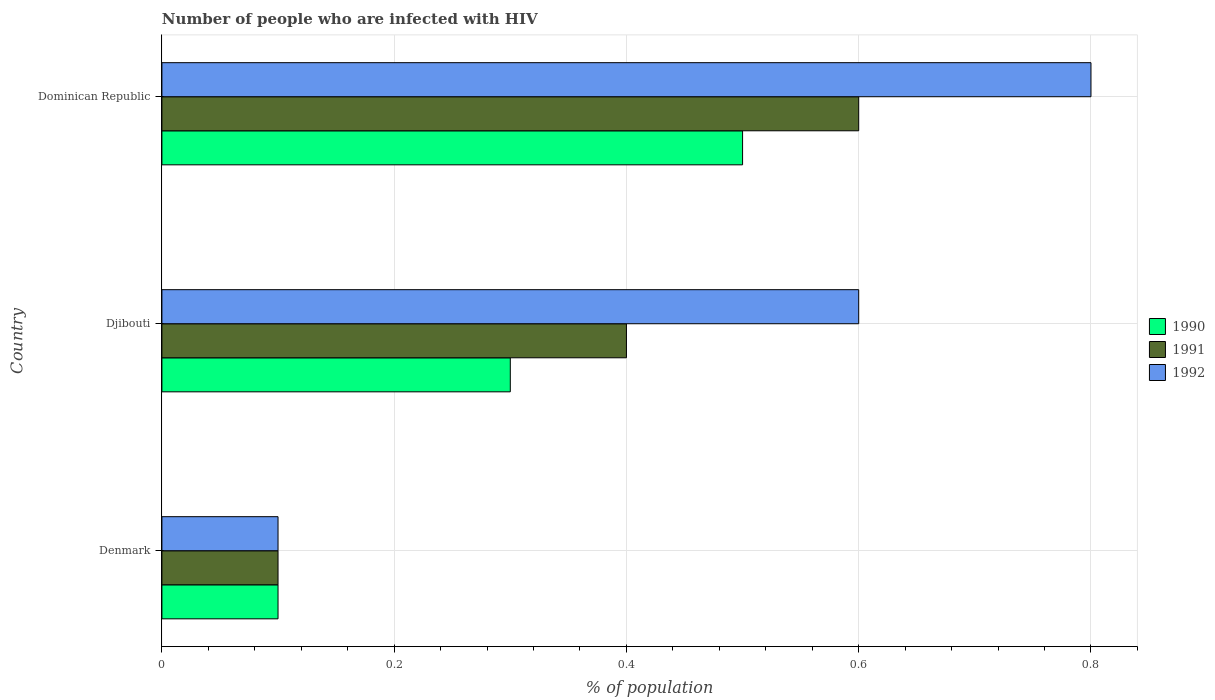
| Country | 1990 | 1991 | 1992 |
 | --- | --- | --- | --- |
 | Denmark | 0.1 | 0.1 | 0.1 |
 | Djibouti | 0.3 | 0.4 | 0.6 |
 | Dominican Republic | 0.5 | 0.6 | 0.8 |